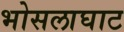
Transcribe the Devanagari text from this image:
भोसलाघाट